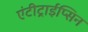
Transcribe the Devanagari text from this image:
एंटीट्राईप्सिन